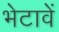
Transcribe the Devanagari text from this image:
भेटावें